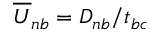
{ \overline { { U } } } _ { n b } = D _ { n b } / t _ { b c }